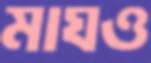
মাঘও